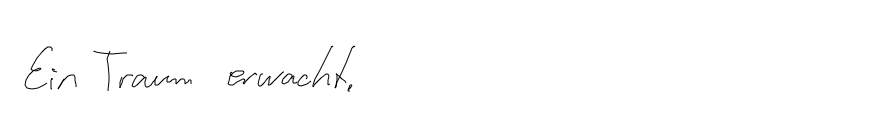
Ein Traum erwacht.